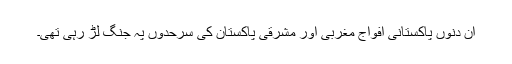
ان دنوں پاکستانی افواج مغربی اور مشرقی پاکستان کی سرحدوں پہ جنگ لڑ رہی تھی۔